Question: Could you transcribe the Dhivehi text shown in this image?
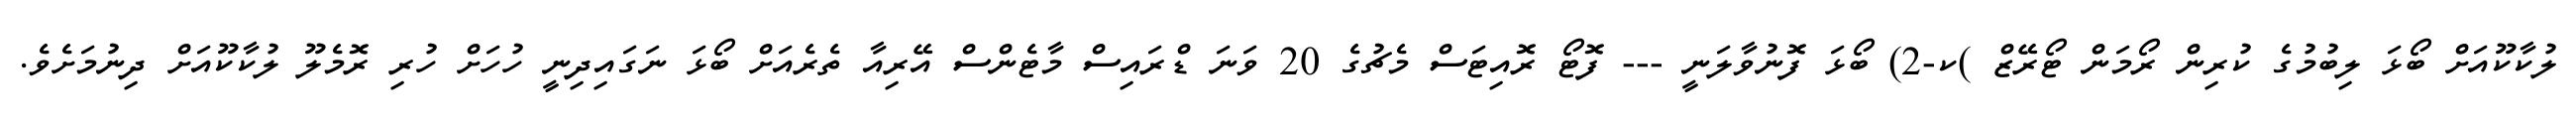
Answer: ލުކާކޫއަށް ބޯޅަ ލިބުމުގެ ކުރިން ރޯމަން ޓޯރޭޒް )ކ-2) ބޯޅަ ފޮނުވާލަނީ --- ފޮޓޯ ރޮއިޓަސް މެޗުގެ 20 ވަނަ ޑްރައިސް މާޓެންސް އޭރިއާ ތެރެއަށް ބޯޅަ ނަގައިދިނީ ހުހަށް ހުރި ރޮމެލޫ ލުކާކޫއަށް ދިނުމަށެވެ.